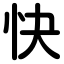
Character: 快